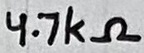
Text: 4.7kΩ